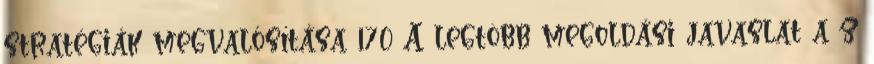
stratégiák megvalósítása 170 A legtöbb megoldási javaslat a z